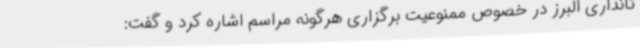
تانداری البرز در خصوص ممنوعیت برگزاری هرگونه مراسم اشاره کرد و گفت: